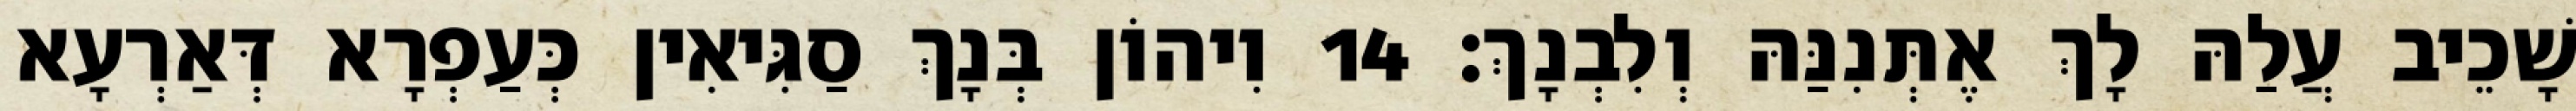
שָׁכֵיב עֲלַהּ לָךְ אֶתְּנִנַּהּ וְלִבְנָךְ׃ 14 וִיהוֹן בְּנָךְ סַגִּיאִין כְּעַפְרָא דְּאַרְעָא